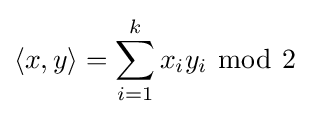
\langle x,y\rangle =\sum _{i=1}^{k}x_{i}y_{i}\ {\bmod {\ }}2